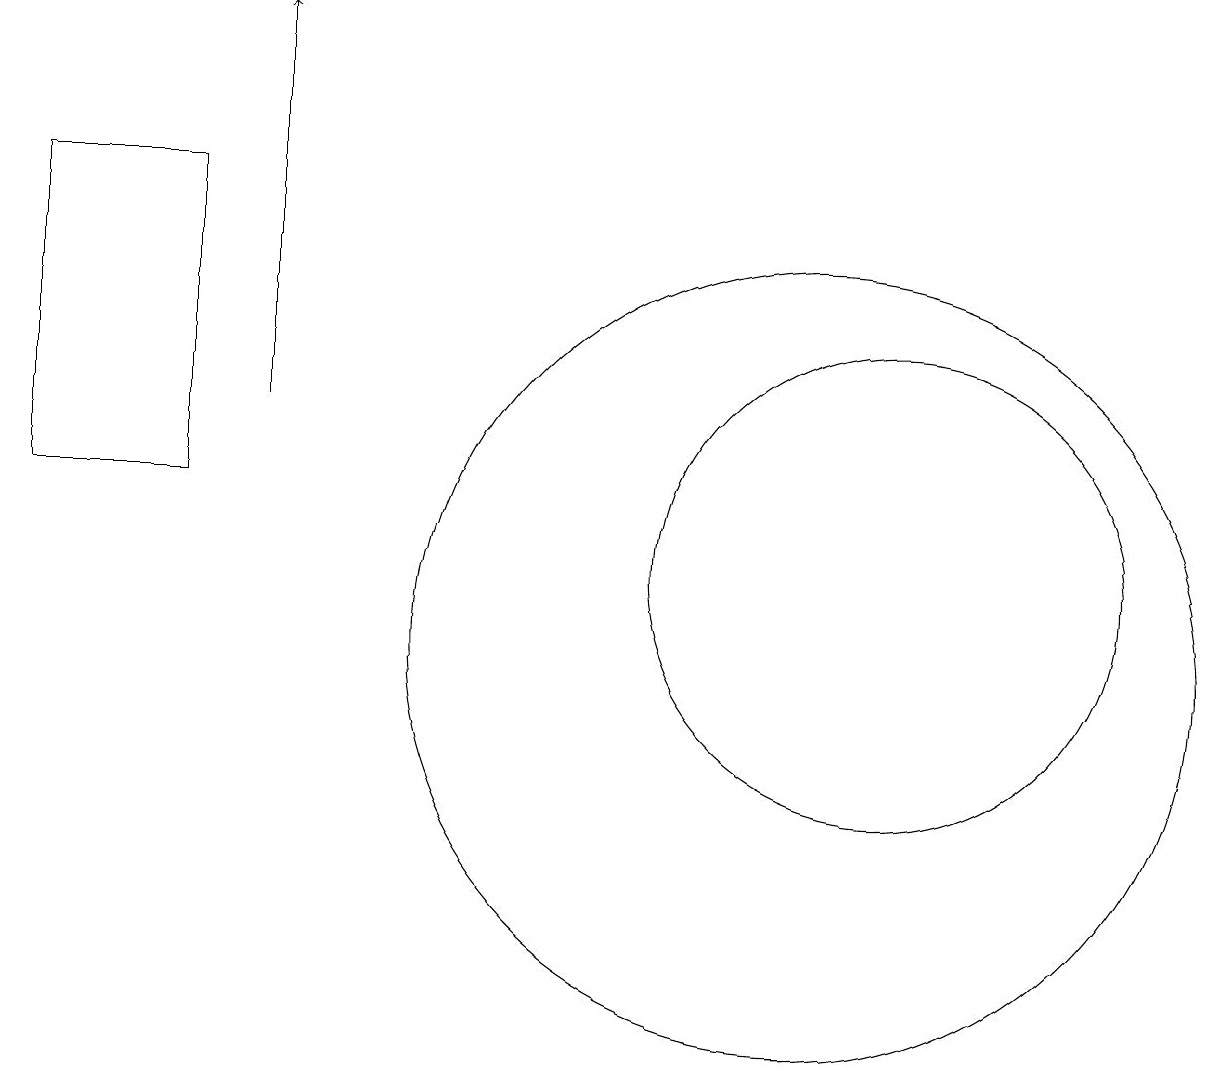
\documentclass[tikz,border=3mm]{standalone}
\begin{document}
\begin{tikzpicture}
\draw (10,10) circle (5);
\draw (11,11) circle (3);
\draw (0,16) rectangle (2,12);
\draw[->] (3,13) -- (3,18);
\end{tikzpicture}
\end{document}